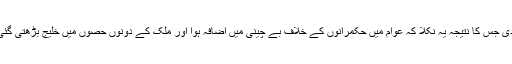
حکمرانوں نے بھی مشرقی پاکستان پر زیادہ توجہ نہ دی جس کا نتیجہ یہ نکلا کہ عوام میں حکمرانوں کے خلاف بے چینی میں اضافہ ہوا اور ملک کے دونوں حصوں میں خلیج بڑھتی گئی اور بھارت اپنے ناپاک منصوبے میں کامیاب ہو گیا۔